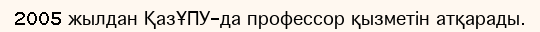
2005 жылдан ҚазҰПУ-да профессор қызметін атқарады.